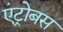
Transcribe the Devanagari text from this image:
एंट्रोबस